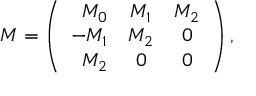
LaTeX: { \cal M } = \left( \begin{array} { r c c } { { M _ { 0 } } } & { { M _ { 1 } } } & { { M _ { 2 } } } \\ { { - M _ { 1 } } } & { { M _ { 2 } } } & { { 0 } } \\ { { M _ { 2 } } } & { { 0 } } & { { 0 } } \end{array} \right) ,